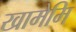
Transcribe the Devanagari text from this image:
खामेमि